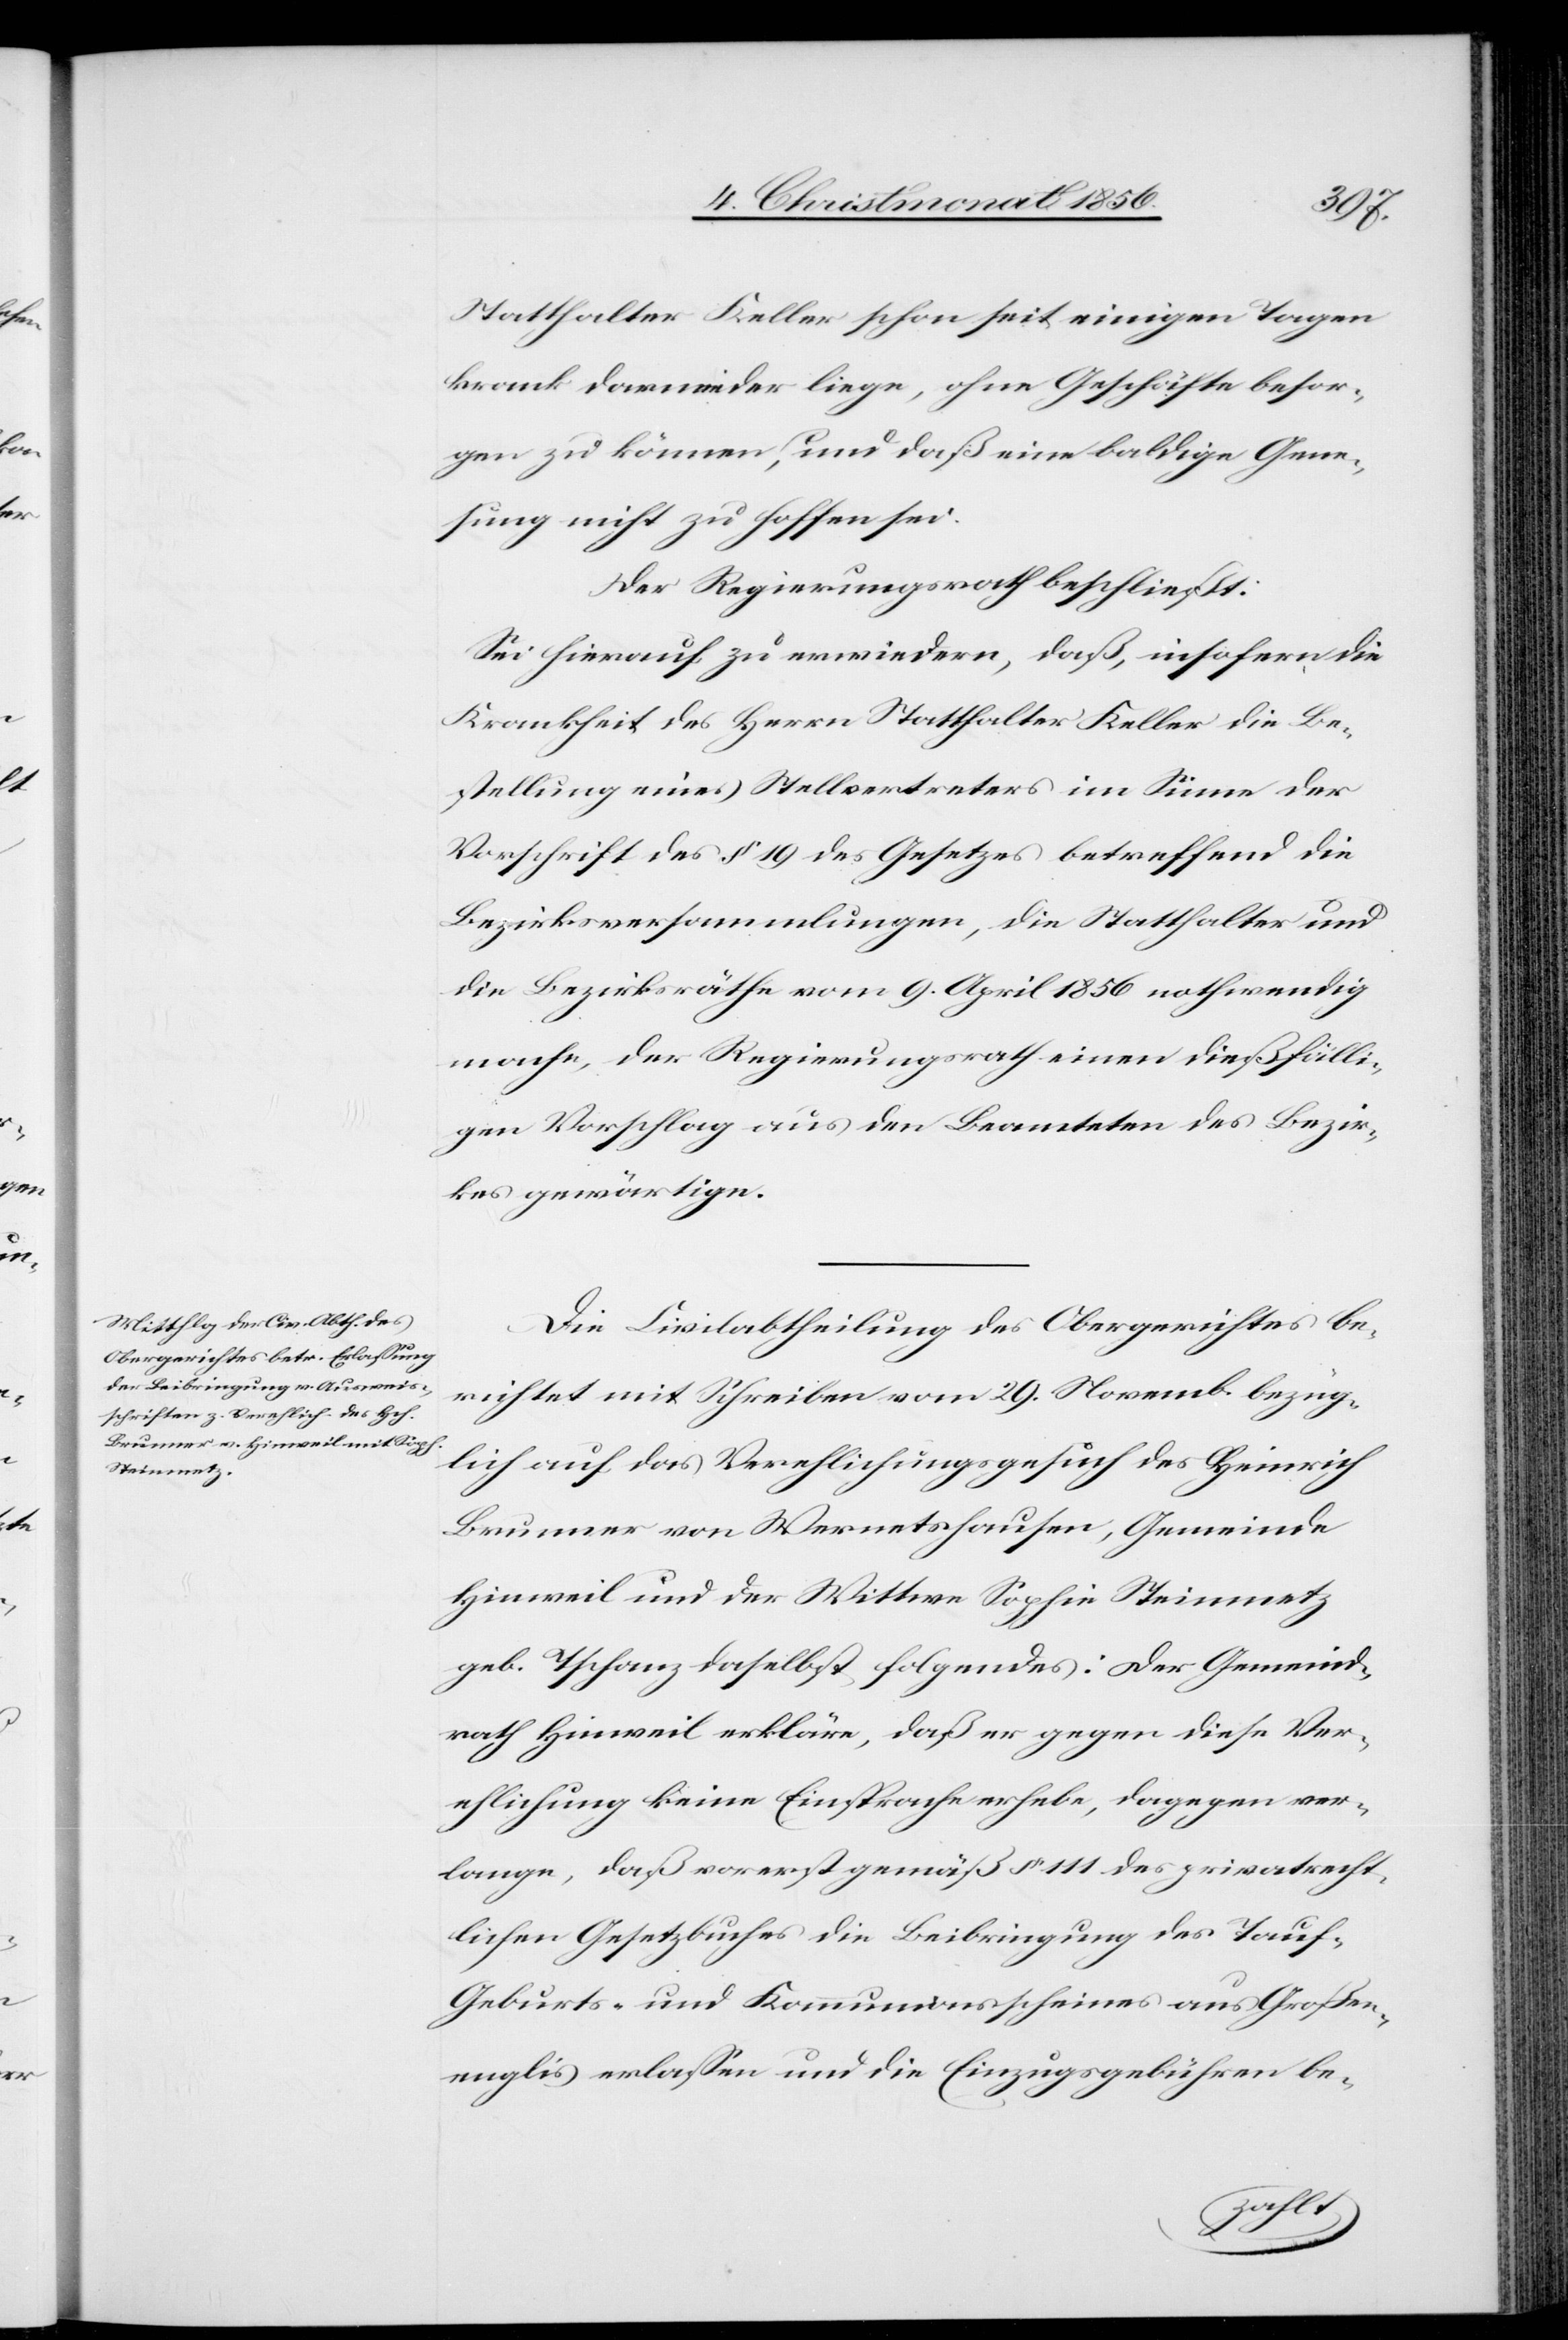
Statthalter Keller schon seit einigen Tagen
krank darnieder liege, ohne Geschäfte besor¬
gen zu können, und daß eine baldige Gene¬
sung nicht zu hoffen sei.
Der Regierungsrath beschließt:
Sei hierauf zu erwiedern, daß, insofern die
Krankheit des Herrn Statthalter Keller die Be¬
stellung eines Stellvertreters im Sinne der
Vorschrift des § 19 des Gesetzes betreffend die
Bezirksversammlungen, die Statthalter und
die Bezirksräthe vom 9. April 1856 nothwendig
mache, der Regierungsrath einen dießfälli¬
gen Vorschlag aus den Beamteten des Bezir¬
kes gewärtige.
Die Civilabtheilung des Obergerichtes be¬
richtet mit Schreiben vom 29. Novemb. bezüg¬
lich auf das Verehlichungsgesuch des Heinrich
Brunner von Wernetshausen, Gemeinde
Hinweil und der Wittwe Sophie Steinmetz
geb. Tschanz daselbst folgendes: Der Gemeind¬
rath Hinweil erkläre, daß er gegen diese Ver¬
ehlichung keine Einsprache erhebe, dagegen ver¬
lange, daß vorerst gemäß § 111 des privatrecht¬
lichen Gesetzbuches die Beibringung des Tauf-[,]
Geburts- und Kommunionsscheines aus Großen¬
englis erlassen und die Einzugsgebühren be-